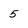
Character: 5